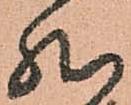
然